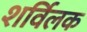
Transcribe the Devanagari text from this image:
शर्विलक